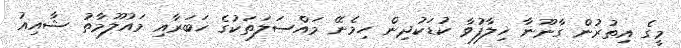
މީގެ އިތުރުން ގާނޫނާ ޚިލާފުވާ ކުޑަކުދިން ހިމެނޭ މައްސަލަތަކުގެ ޚަބަރާއި މައުލޫމާތު ޝާއިއު